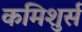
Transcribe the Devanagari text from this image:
कमिशुर्स